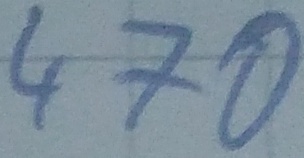
Text: 470